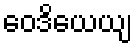
ဝေဒိယေယျ